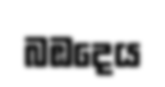
බඹදෙය